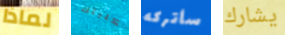
لماذا كليتك سأتركه يشارك